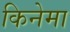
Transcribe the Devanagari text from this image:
किनेमा